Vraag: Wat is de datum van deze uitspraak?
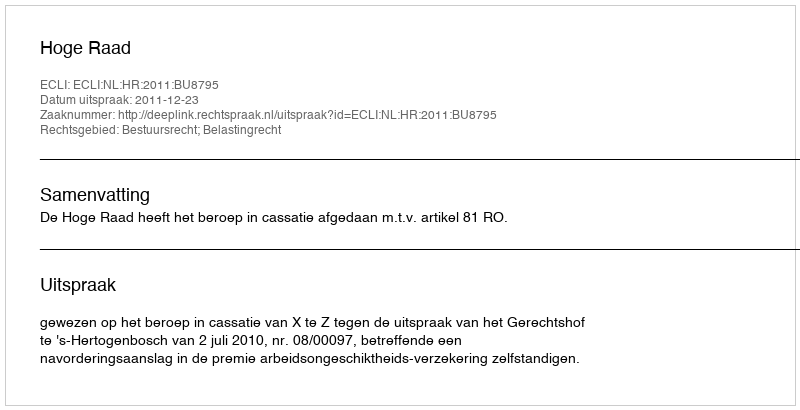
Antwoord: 2011-12-23